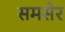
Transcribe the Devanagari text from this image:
समसेर